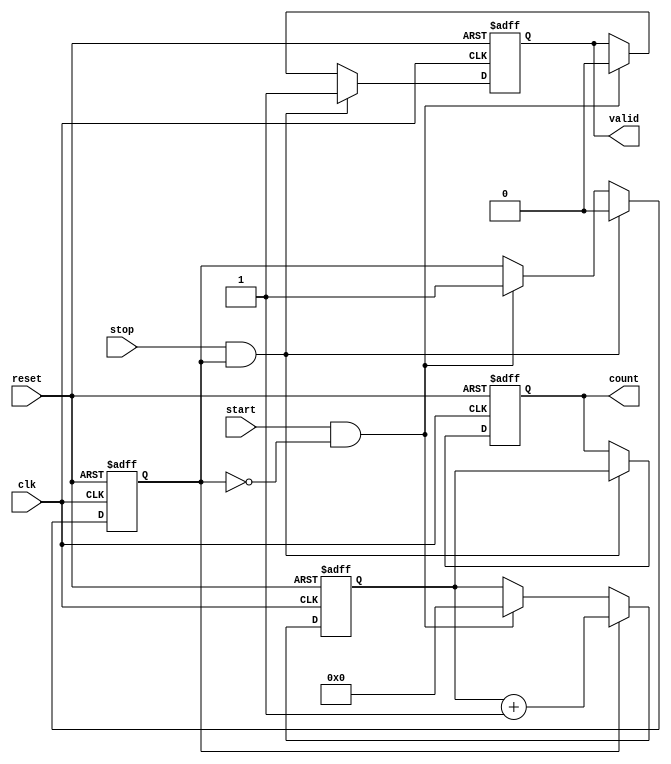
module TDC (
    input wire clk,           // Clock signal
    input wire reset,         // Asynchronous reset signal
    input wire start,         // Start signal
    input wire stop,          // Stop signal
    output reg [15:0] count,  // Output count value (16-bit)
    output reg valid          // Valid signal for output data
);

    // State definitions
    reg counting;             // Counting state flag
    reg [15:0] counter;       // 16-bit counter

    // Memory block to store the count value
    reg [15:0] memory [0:255]; // Memory array to store up to 256 measurements
    reg [7:0] mem_addr;       // Memory address for storing measurements
    reg mem_write;            // Memory write enable

    // Initialize the TDC
    initial begin
        count = 0;
        valid = 0;
        counting = 0;
        counter = 0;
        mem_addr = 0;
        mem_write = 0;
    end

    // Main TDC operation
    always @(posedge clk or posedge reset) begin
        if (reset) begin
            // Reset all registers
            count <= 0;
            valid <= 0;
            counting <= 0;
            counter <= 0;
            mem_addr <= 0;
            mem_write <= 0;
        end else begin
            // Detect start signal
            if (start && !counting) begin
                counting <= 1;      // Start counting
                counter <= 0;       // Reset counter
                valid <= 0;         // Invalidate output
            end
            
            // Counting logic
            if (counting) begin
                counter <= counter + 1; // Increment counter on each clock cycle
            end
            
            // Detect stop signal
            if (stop && counting) begin
                counting <= 0;       // Stop counting
                count <= counter;    // Capture the count value
                valid <= 1;          // Indicate valid output
                mem_write <= 1;      // Enable memory write
            end
            
            // Memory write operation
            if (mem_write) begin
                memory[mem_addr] <= count; // Store the count in memory
                mem_addr <= mem_addr + 1;  // Increment memory address
                mem_write <= 0;             // Disable memory write
            end
        end
    end

endmodule